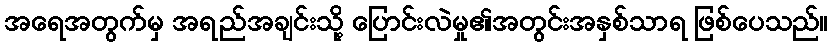
အရေအတွက်မှ အရည်အချင်းသို့ ပြောင်းလဲမှု၏အတွင်းအနှစ်သာရ ဖြစ်ပေသည်။